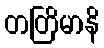
တတြိမာနိ